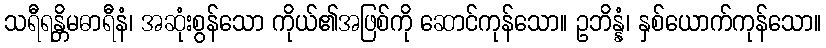
သရီရန္တိမဓာရီနံ၊ အဆုံးစွန်သော ကိုယ်၏အဖြစ်ကို ဆောင်ကုန်သော။ ဥဘိန္နံ၊ နှစ်ယောက်ကုန်သော။